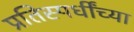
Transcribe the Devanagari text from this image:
प्रतिस्पर्धींच्या